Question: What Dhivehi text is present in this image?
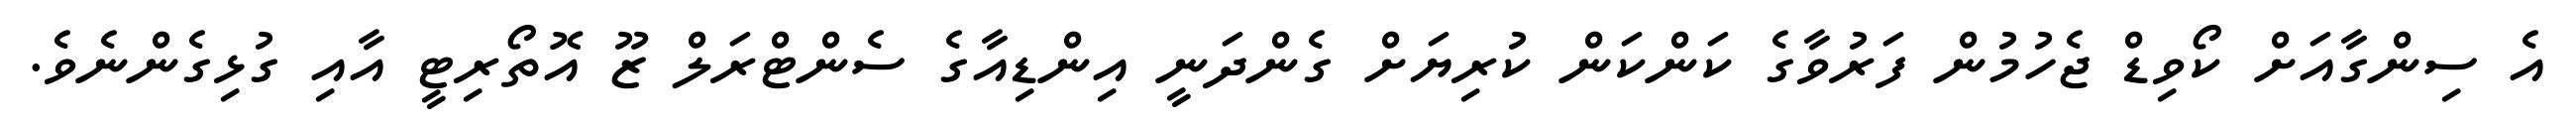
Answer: އެ ސިންގާއަށް ކޯވިޑް ޖެހުމުން ފަރުވާގެ ކަންކަން ކުރިޔަށް ގެންދަނީ އިންޑިއާގެ ސެންޓްރަލް ޒޫ އޮތޯރިޓީ އާއި ގުޅިގެންނެވެ.